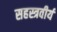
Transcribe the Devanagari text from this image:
सहस्त्रवीर्य